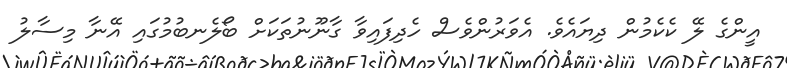
އީންގެ ލޭ ކެކެމުން ދިޔައެވެ. އެވަރުންވެސް ހެދިފައިވާ ގާނޫނުތަކަށް ބޯލެނބުމުގައި އޭނާ މިސާލު